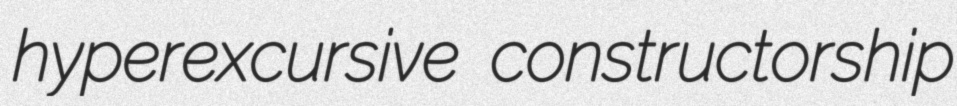
hyperexcursive constructorship